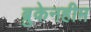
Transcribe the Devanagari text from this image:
ब्रुकेनहीम़